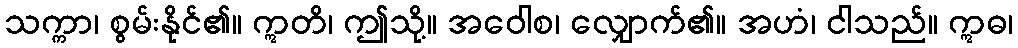
သက္ကာ၊ စွမ်းနိုင်၏။ ဣတိ၊ ဤသို့။ အဝေါစ၊ လျှောက်၏။ အဟံ၊ ငါသည်။ ဣဓ၊